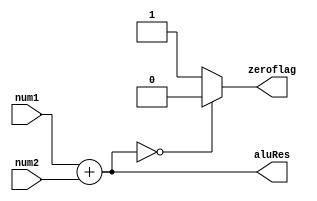
module alu(
num1,num2, zeroflag,aluRes );
//num2 will take care of load or ImmData
input [7:0] num1, num2;//PCline_ex;
//input [5:0] j_adr_out;
//input [2:0] aluop; // No need as only add operation is performed
output zeroflag; //indicates when the output is zero
output reg [7:0] aluRes;// PCex_j; // will be assigned in always block
assign zeroflag = (aluRes == 0)? 0 : 1;
always @ (*)
begin
aluRes <= num1 + num2;

end

endmodule
//test bench passed